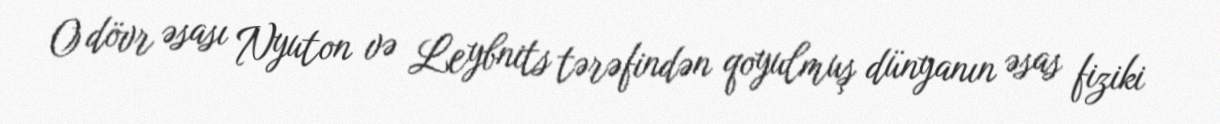
O dövr əsası Nyuton və Leybnits tərəfindən qoyulmuş dünyanın əsas fiziki